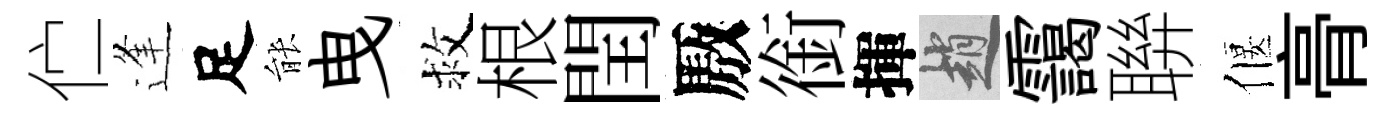
伫逢足䏻曳救根閏厫銜揮趙靄聨偃𮌔